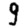
Digit: 9